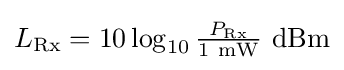
{\textstyle L_{\text{Rx}}=10\log _{10}{\frac {P_{\text{Rx}}}{\mathrm {1~mW} }}\mathrm {~dBm} }